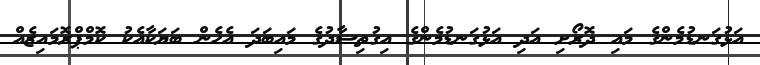
އަޅުގަނޑުމެންގެ މައި ދޮރޯށި އަދި އަޅުގަނޑުމެންގެ އިގުތިސާދުގެ މައިބަދަ އެހެން ބަޔަކާއެކު ކޮމްޕްރޮމައިޒެއް